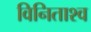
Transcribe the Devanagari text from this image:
विनिताश्व